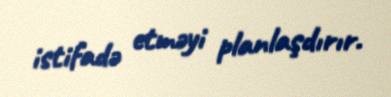
istifadə etməyi planlaşdırır.